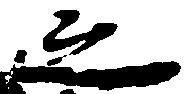
之